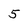
Character: 5